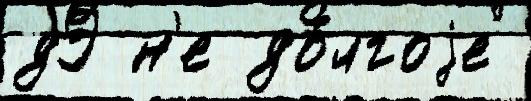
дЭ н'е до́лгоjе